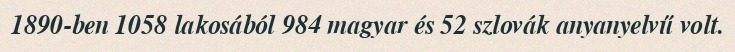
1890-ben 1058 lakosából 984 magyar és 52 szlovák anyanyelvű volt.